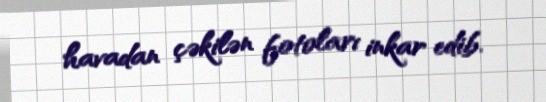
havadan çəkilən fotoları inkar edib.